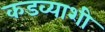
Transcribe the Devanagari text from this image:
कडव्याशी